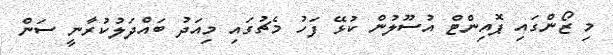
މި ޒޯންގައި ޕޮއިންޓް އުސޫލުން ކުޅޭ ފަހު މެޗުގައި މިއަދު ބައްދަލުކުރާނީ ސަން